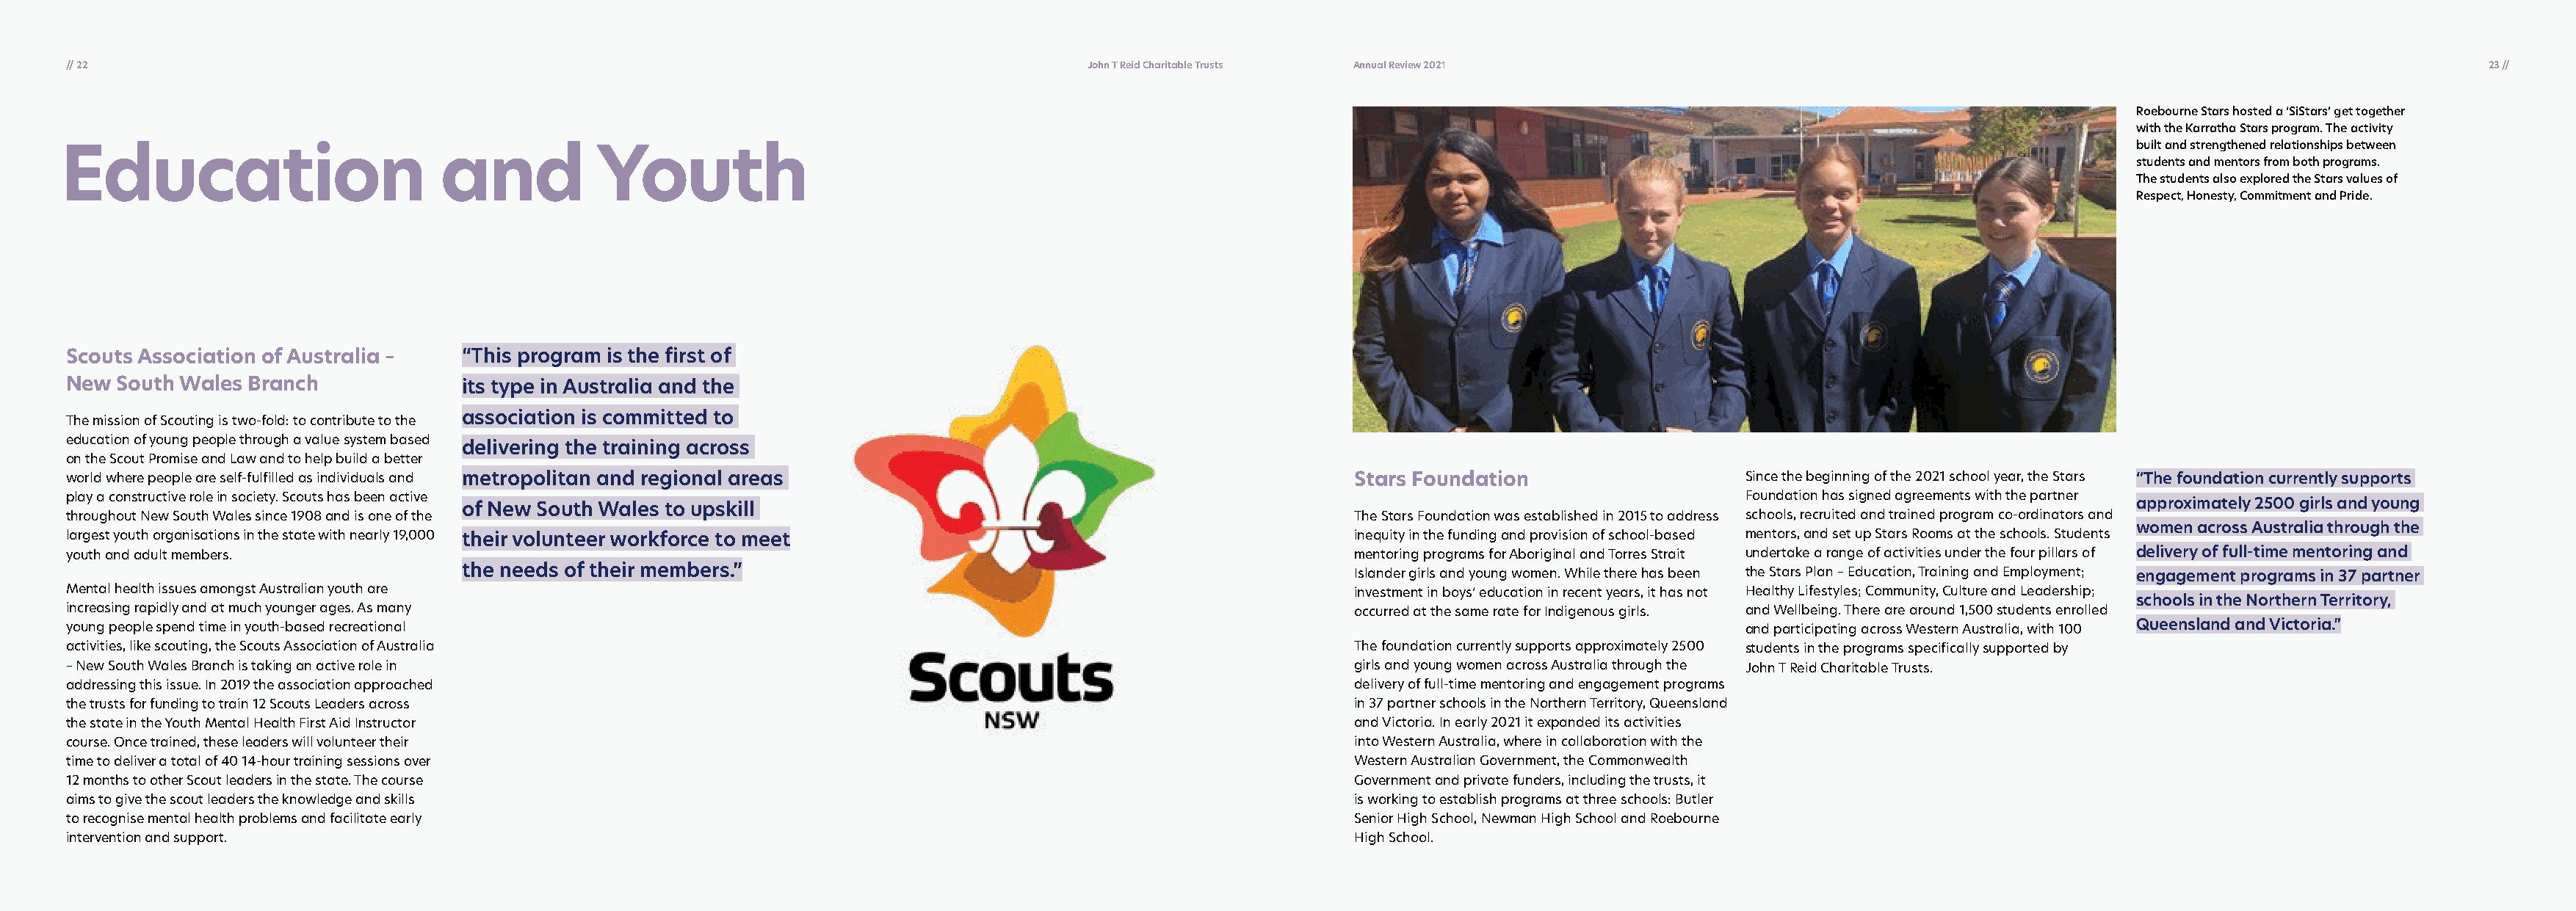
// 22                                                                                       John T Reid Charitable Trusts Annual Review 2021                                                                              23 //
 Roebourne Stars hosted a ‘SiStars’ get together
 with the Karratha Stars program. The activity
 built and strengthened relationships between
 Education                          and           Youth
 students and mentors from both programs.
 The students also explored the Stars values of
 Respect, Honesty, Commitment and Pride.
 Scouts Association of Australia –   “This program is the first of
 New  South Wales Branch             its type in Australia and the
 association is committed to
 The mission of Scouting is two-fold: to contribute to the
 education of young people through a value system based
 delivering the training across
 on the Scout Promise and Law and to help build a better
 world where people are self-fulfilled as individuals and metropolitan and regional areas                            Stars Foundation                   Since the beginning of the 2021 school year, the Stars “The foundation currently supports
 play a constructive role in society. Scouts has been active                                                                                            Foundation has signed agreements with the partner
 of New South Wales to upskill                                                                                                                          approximately 2500 girls and young
 throughout New South Wales since 1908 and is one of the                                                             The Stars Foundation was established in 2015 to address schools, recruited and trained program co-ordinators and
 women across Australia through the
 largest youth organisations in the state with nearly 19,000 their volunteer workforce to meet                       inequity in the funding and provision of school-based mentors, and set up Stars Rooms at the schools. Students
 youth and adult members.                                                                                            mentoring programs for Aboriginal and Torres Strait undertake a range of activities under the four pillars of delivery of full-time mentoring and
 the needs of their members.”                                                    Islander girls and young women. While there has been the Stars Plan – Education, Training and Employment; engagement programs in 37 partner
 Mental health issues amongst Australian youth are                                                                   investment in boys’ education in recent years, it has not Healthy Lifestyles; Community, Culture and Leadership;
 schools in the Northern Territory,
 increasing rapidly and at much younger ages. As many                                                                occurred at the same rate for Indigenous girls. and Wellbeing. There are around 1,500 students enrolled
 young people spend time in youth-based recreational                                                                                                    and participating across Western Australia, with 100 Queensland and Victoria.”
 activities, like scouting, the Scouts Association of Australia                                                      The foundation currently supports approximately 2500 students in the programs specifically supported by
 – New South Wales Branch is taking an active role in                                                                girls and young women across Australia through the John T Reid Charitable Trusts.
 addressing this issue. In 2019 the association approached                                                           delivery of full-time mentoring and engagement programs
 the trusts for funding to train 12 Scouts Leaders across                                                            in 37 partner schools in the Northern Territory, Queensland
 the state in the Youth Mental Health First Aid Instructor                                                           and Victoria. In early 2021 it expanded its activities
 course. Once trained, these leaders will volunteer their                                                            into Western Australia, where in collaboration with the
 time to deliver a total of 40 14-hour training sessions over                                                        Western Australian Government, the Commonwealth
 12 months to other Scout leaders in the state. The course                                                           Government and private funders, including the trusts, it
 aims to give the scout leaders the knowledge and skills                                                             is working to establish programs at three schools: Butler
 to recognise mental health problems and facilitate early                                                            Senior High School, Newman High School and Roebourne
 intervention and support.                                                                                           High School.